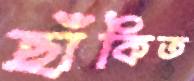
ছাঁকিত